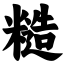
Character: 糙